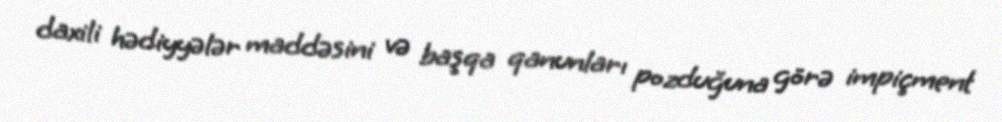
daxili hədiyyələr maddəsini və başqa qanunları pozduğuna görə impiçment